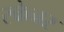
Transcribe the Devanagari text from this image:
स्‍केनर